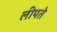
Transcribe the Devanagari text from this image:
लीपते